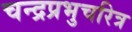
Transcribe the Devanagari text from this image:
चन्द्रप्रभुचरित्र